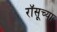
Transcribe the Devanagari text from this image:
रॉसूच्या